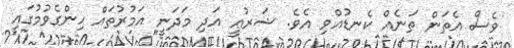
ވެސް އެތަން ތަނެއް ކެނޑުއްވި އެވެ. ޝަރުޢީ އަދި މަދަނީ އަމުރުތައް ހިންގެވުމުގައި